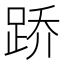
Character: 𫏋